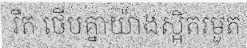
រឹត ថើបគ្នាយ៉ាងស្អិតរមួត